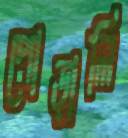
পোড়ালি